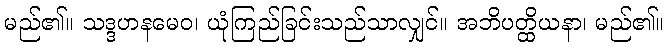
မည်၏။ သဒ္ဒဟနမေဝ၊ ယုံကြည်ခြင်းသည်သာလျှင်။ အဘိပတ္ထိယနာ၊ မည်၏။